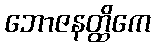
ဘောဇနတ္ထိကေ